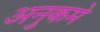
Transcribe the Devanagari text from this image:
अनुकमे